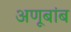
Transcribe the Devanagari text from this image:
अणूबांब